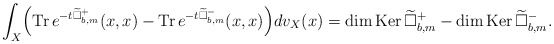
\begin{align*} \int_X\Bigr(\mathrm{Tr\,}e^{-t\widetilde{\Box}^{+}_{b,m}}(x,x)-\mathrm{Tr\,}e^{-t\widetilde{\Box}^{-}_{b,m}}(x,x)\Bigr)dv_X(x) =\mathrm{dim\,}\mathrm{Ker\,}\widetilde{\Box}^+_{b,m}-\mathrm{dim\,}\mathrm{Ker\,}\widetilde{\Box}^-_{b,m}.\end{align*}